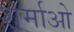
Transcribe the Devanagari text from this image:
शर्माओ